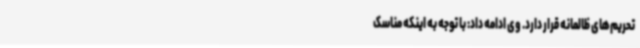
تحریم‌های ظالمانه قرار دارد. وی ادامه داد: با توجه به اینکه مناسک